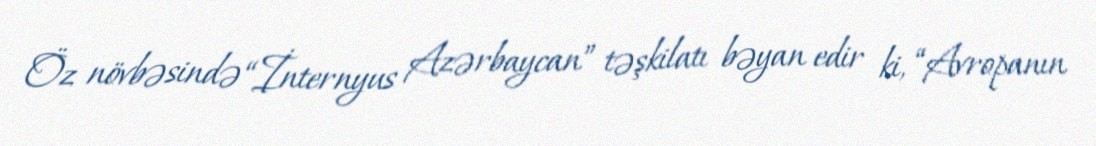
Öz növbəsində “İnternyus Azərbaycan” təşkilatı bəyan edir ki, “Avropanın